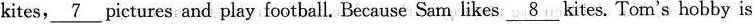
kites, \underline{ 7 } pictures and play football. Because Sam likes \underline{ 8 } kites. Tom's hobby is